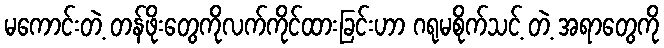
မကောင်းတဲ့ တန်ဖိုးတွေကိုလက်ကိုင်ထားခြင်းဟာ ဂရုမစိုက်သင့် တဲ့ အရာတွေကို